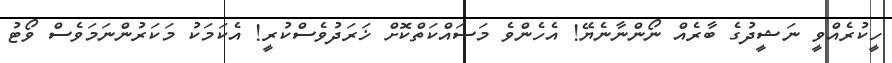
ހީކުރެއްވީ ނަޝީދުގެ ބާރެއް ނޯންނާނެޔޭ! އެހެންވެ މަސައްކަތްކޮށް ޚަރަދުވެސްކުރީ! އެކަމަކު މަކަރުންނަމަވެސް ވޯޓު